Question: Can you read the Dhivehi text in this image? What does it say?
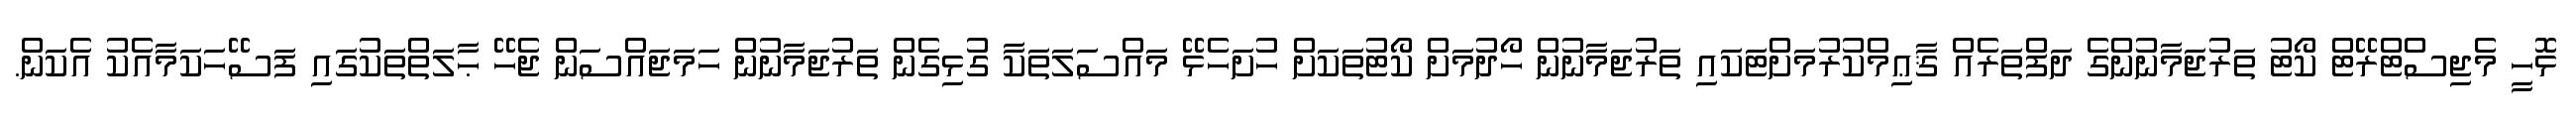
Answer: ޅޮހީ މެޖިސްޓްރޭޓް ކޯޓު ތަރުޖަމާނުންގެ ދަފްތަރެއް ޤާޢިމްކުރުމަށްޓަކައި ތަރުޖަމާނުން ހޯދުމަށް ކޯޓުތަކަށް ހުށަހެޅޭ މައްސަލަތަކާ ގުޅިގެން ތަރުޖަމާނުން ހަމަޖައްސަން ޖެހޭ ޙާލަތްތަކުގައި ފަސޭހަކަމާއެކު އެކަން.